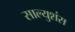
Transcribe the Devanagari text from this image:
साल्युशंस